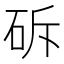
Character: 䂨